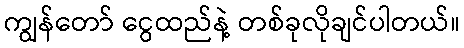
ကျွန်တော် ငွေထည်နဲ့ တစ်ခုလိုချင်ပါတယ်။